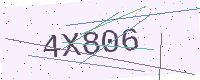
Text: 4X806